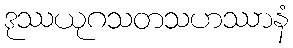
ဒုဿယုဂသတသဟဿာနံ